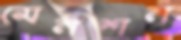
মেনশন